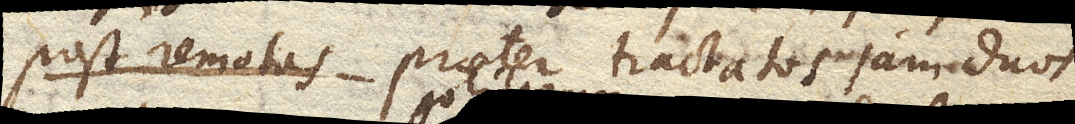
post remotas praeter tractatos jam duos